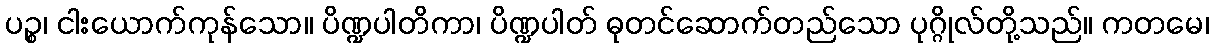
ပဉ္စ၊ ငါးယောက်ကုန်သော။ ပိဏ္ဍပါတိကာ၊ ပိဏ္ဍပါတ် ဓုတင်ဆောက်တည်သော ပုဂ္ဂိုလ်တို့သည်။ ကတမေ၊